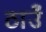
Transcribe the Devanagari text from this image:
ठाउँ